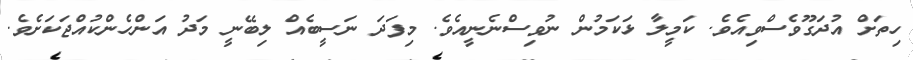
ހިތަށް އުދަގޫވެސްވިއެވެ. ކަމީލާ ޅަކަމުން ނުވިސްނެނީއެވެ. މިފަދަ ނަސީބެއް ލިބޭނީ މަދު އަންހެންކުއްޖަކަށެވެ.